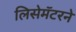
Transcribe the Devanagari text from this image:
लिसेमॅटरने